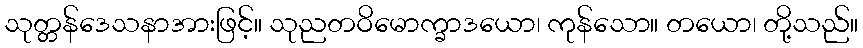
သုတ္တန်ဒေသနာအားဖြင့်။ သုညတဝိမောက္ခာဒယော၊ ကုန်သော။ တယော၊ တို့သည်။